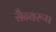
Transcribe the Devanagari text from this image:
सैन्यरूप